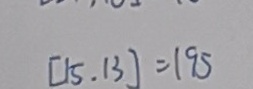
[ 1 5 . 1 3 ] = 1 9 5